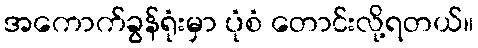
အကောက်ခွန်ရုံးမှာ ပုံစံ တောင်းလို့ရတယ်။